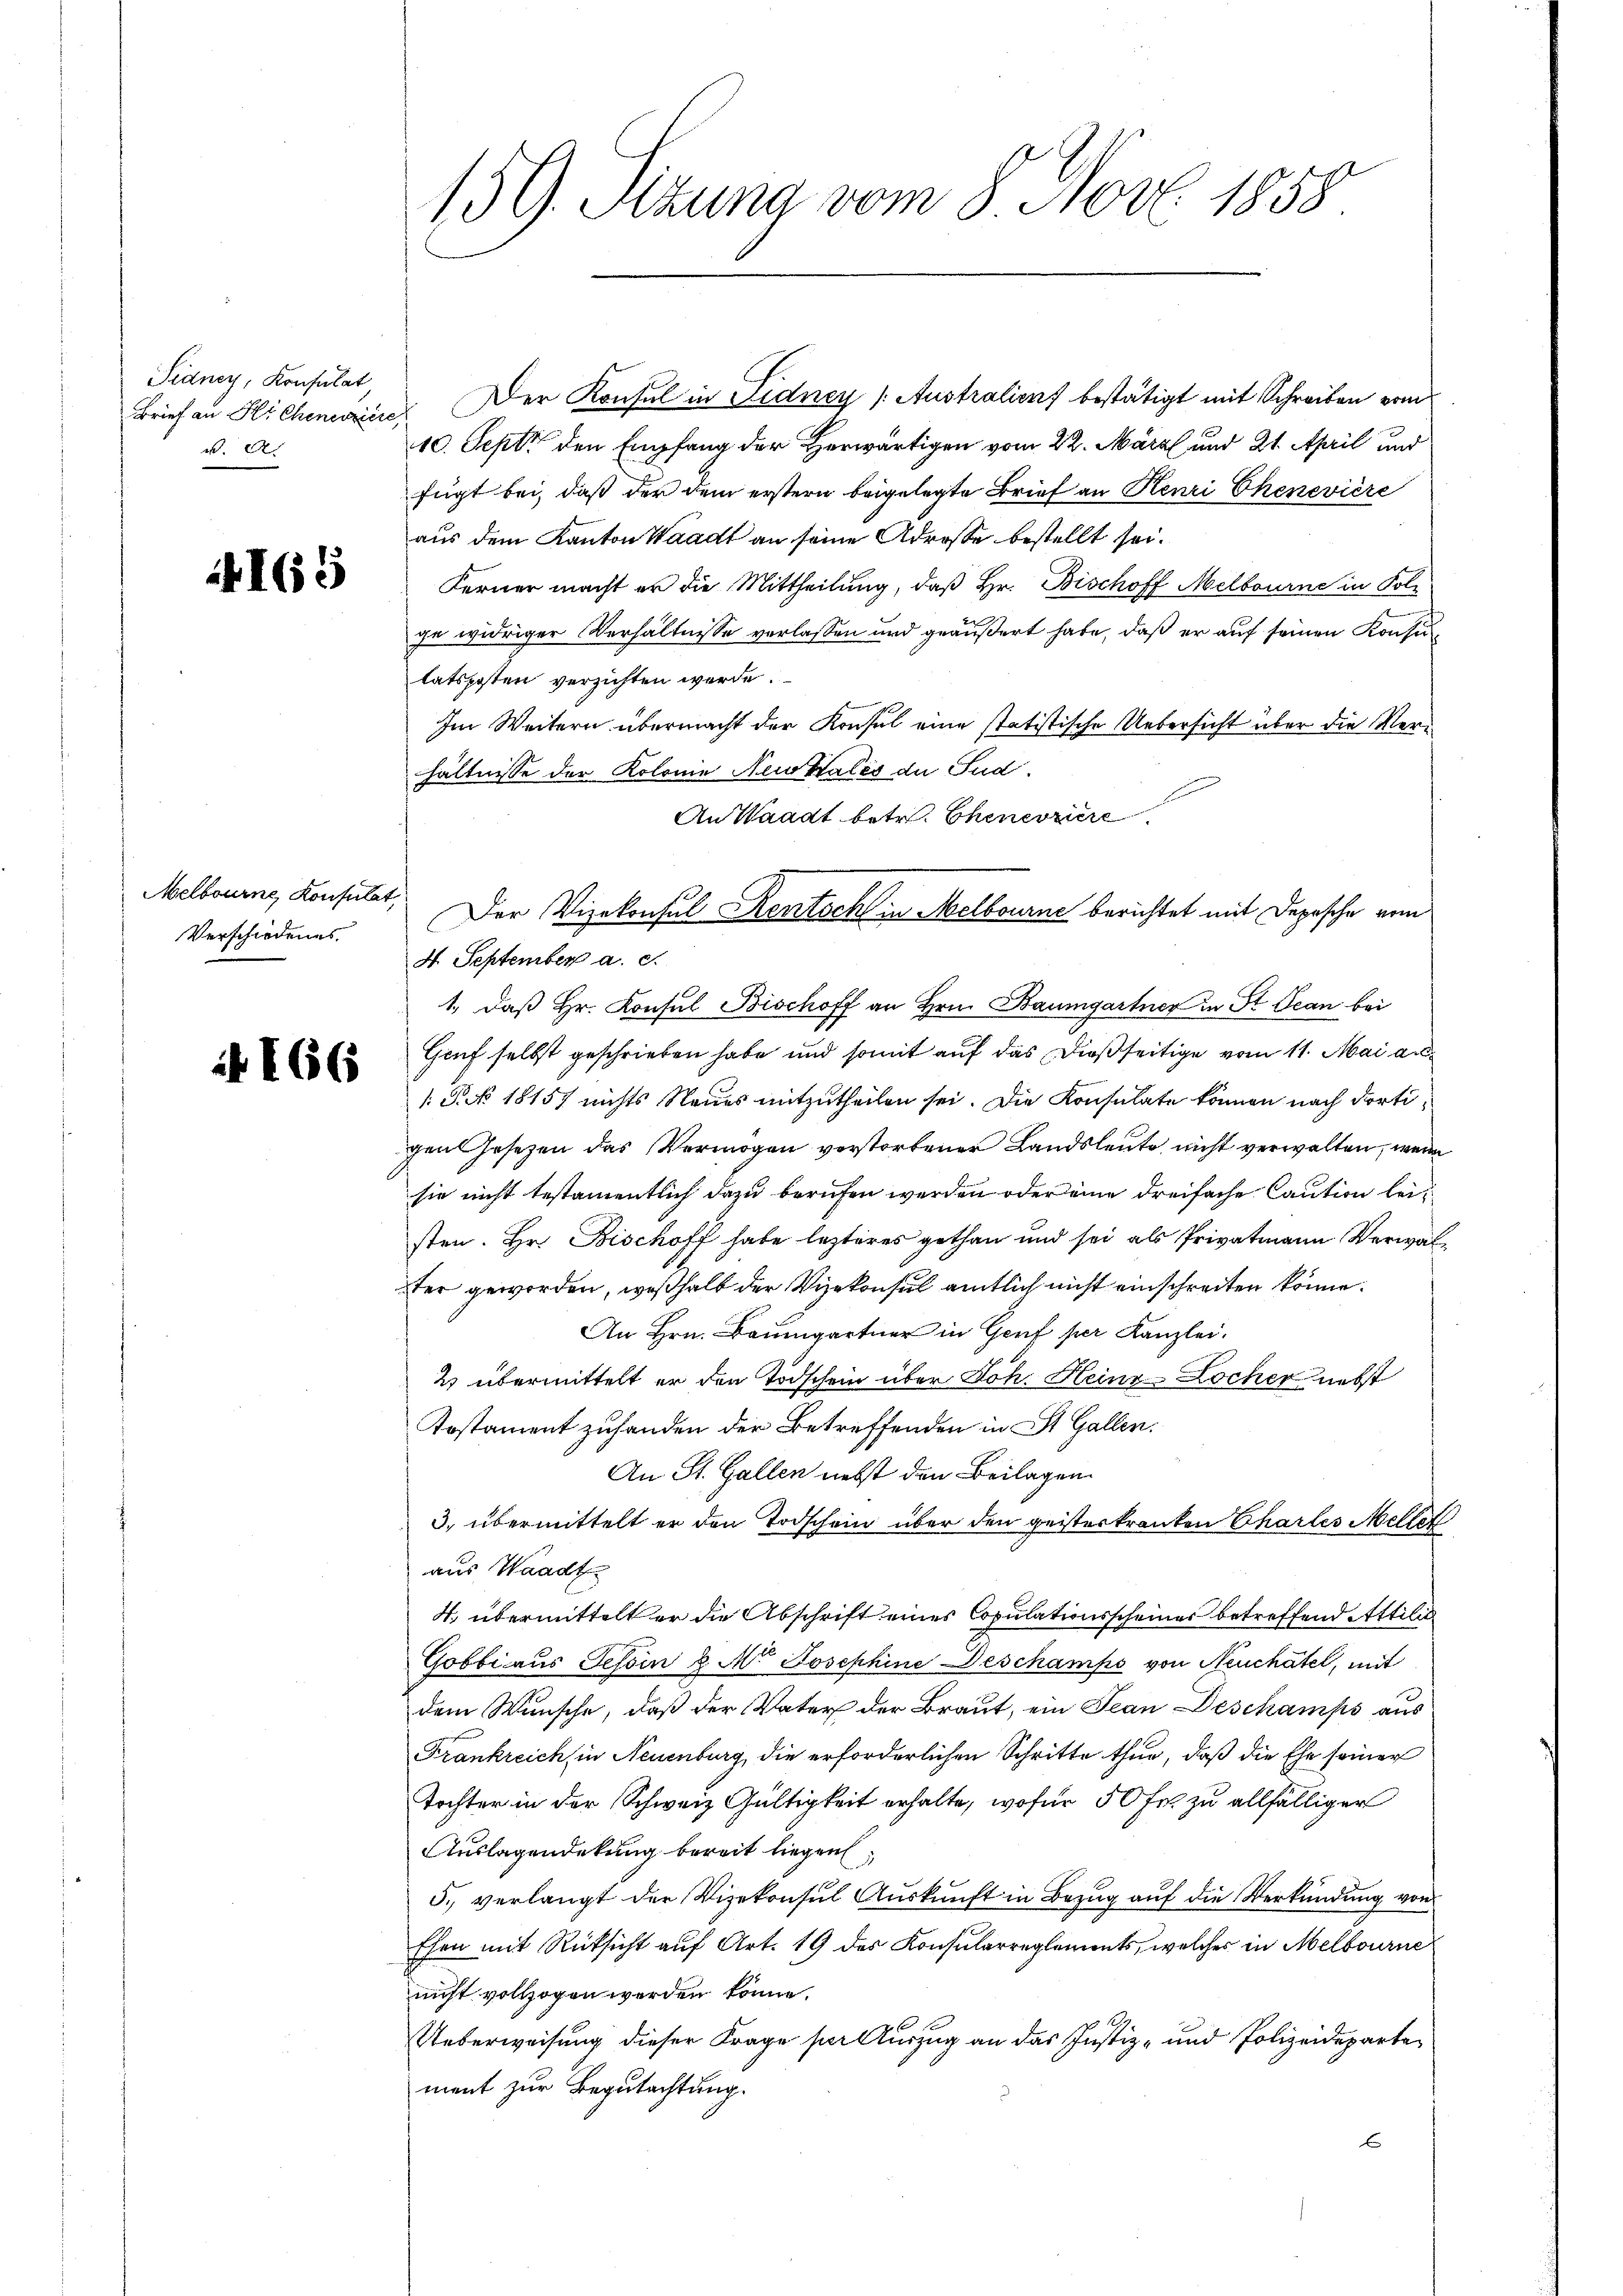
Sidney, Konsulat,
v.

165

Verschiedenes.

i

166

Brief an Sichenorien. Der Konsul in Fidney (Australienf bestätigt mit Schreiben vom
10. Sept den Empfang der Herwärtigen vom 22. März und 21. April und
fügt bei, daß der dem erstern beigelegte Brief an Kenri Chenevière
aus dem Kanton Waadt an seine Adrosse bestellt sei.
Ferner macht er die Mittheilung, daß Hr. Bischoff Melbourne in Poli
ge widriger Verhältnisse verlassen und geäußert habe, daß er auf seinen Konsulatposten verzichten werde.
Im Weitern übermacht der Konsul eine statistische Uebersicht über die Verhältnisse der Kolonie Neukales de Pud
An Waadt betr. Chenerziere
4. September a. c.
1., daß Hr. Konsul Bischoff an Hrn. Baumgartner in St. Jean bei
Genf selbst geschrieben habe und somit auf das dießseitige vom 11. Mai au
/: P 18157 nichts Neues mitzutheilen sei. Die Konsulate können nach dortigen Gesetzen das Vermögen verstorbener Landsleute nicht verwalten, wenn
sie nicht testamentlich dazu berufen werden oder eine dreifache Caution leisten. Hr. Bischoff habe lezteres gethan und sei als Privatmann Verwalter geworden, weßhalb der Vizekonsul amtlich nicht einschreiten könne.
An Hrn. Baumgartner in Gerf per Kanzlei.
2 übermittelt er den Todschein über Joh. Heine Locher nebst
Testament zufanden der Betreffenden in St. Gallen.
An St. Gallen nebst den Beilagen.
3. übermittelt er den Todschein über den geisterkranken Charles Mellet
aus Waadt
4. übermittelt er die Abschrift eines Copulationsscheines betreffend Attilis
Gobbi aus Tessin u. M. Josephine Beschamps von Neuchâtel, mit
dem Wunsche, daß der Vater der Braut, ein Jean Deschamps aus
Frankreich, in Neuenburg, die erforderlichen Schritte thue, daß die Ehe seiner
Tochter in der Schweiz Gültigkeit erhalte, wofür 50 fr. zu allfälliger
Auslagendekung bereit liegen,
5.) verlangt der Vizekonsul Auskunft in Bezug auf die Verkündung von
Ehen mit Rücksicht auf Art. 19 des Konsularreglements, welcher in Melbourne
nicht vollzogen werden könne.
6 f
Ueberweisung dieser Frage per Auszug an das Justiz- und Polizeidepartement zur Begutachtung.
E

159. Sizung vom 8. Nov. 1858

Melboure, Konsulat, Der Vizekonsul Kentsch in Melbourne berichtet mit Depesche vom